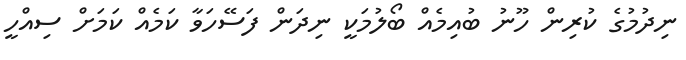
ނިދުމުގެ ކުރިން ހޫނު ބުއިމެއް ބޯލުމަކީ ނިދަން ފަސޭހަވާ ކަމެއް ކަމަށް ސިއްހީ